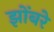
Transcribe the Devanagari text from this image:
झोंबरे